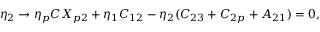
\eta _ { 2 } \rightarrow \eta _ { p } C X _ { p 2 } + \eta _ { 1 } C _ { 1 2 } - \eta _ { 2 } ( C _ { 2 3 } + C _ { 2 p } + A _ { 2 1 } ) = 0 ,